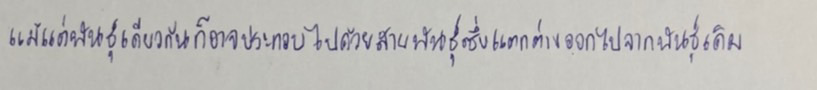
แม้แต่พันธุ์เดียวกันก็อาจประกอบไปด้วยสายพันธุ์ซึ่งแตกต่างออกไปจากพันธุ์เดิม